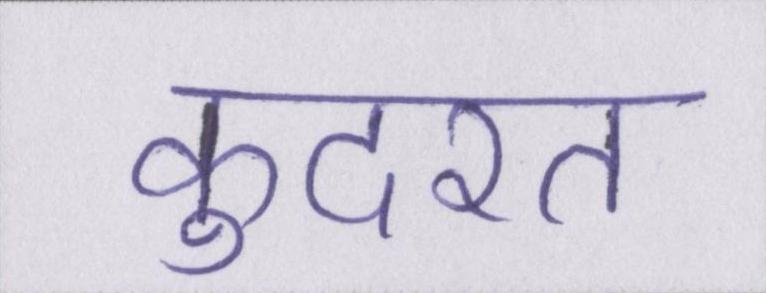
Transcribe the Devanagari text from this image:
कुदरत